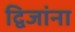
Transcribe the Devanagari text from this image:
द्विजांना